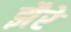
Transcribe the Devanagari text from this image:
झैरे